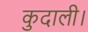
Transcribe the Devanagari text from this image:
कुदाली।